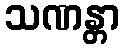
သဏန္တာ